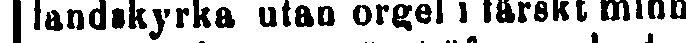
landskyrka utan orgel i färskt minn